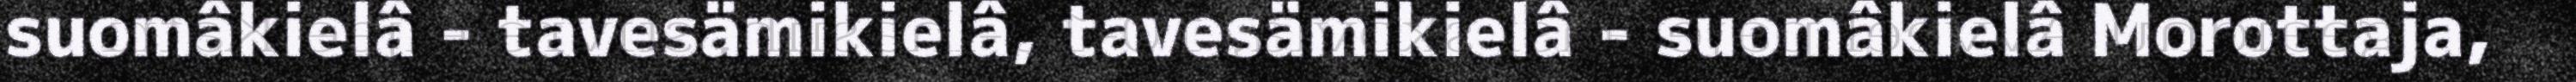
suomâkielâ - tavesämikielâ, tavesämikielâ - suomâkielâ Morottaja,